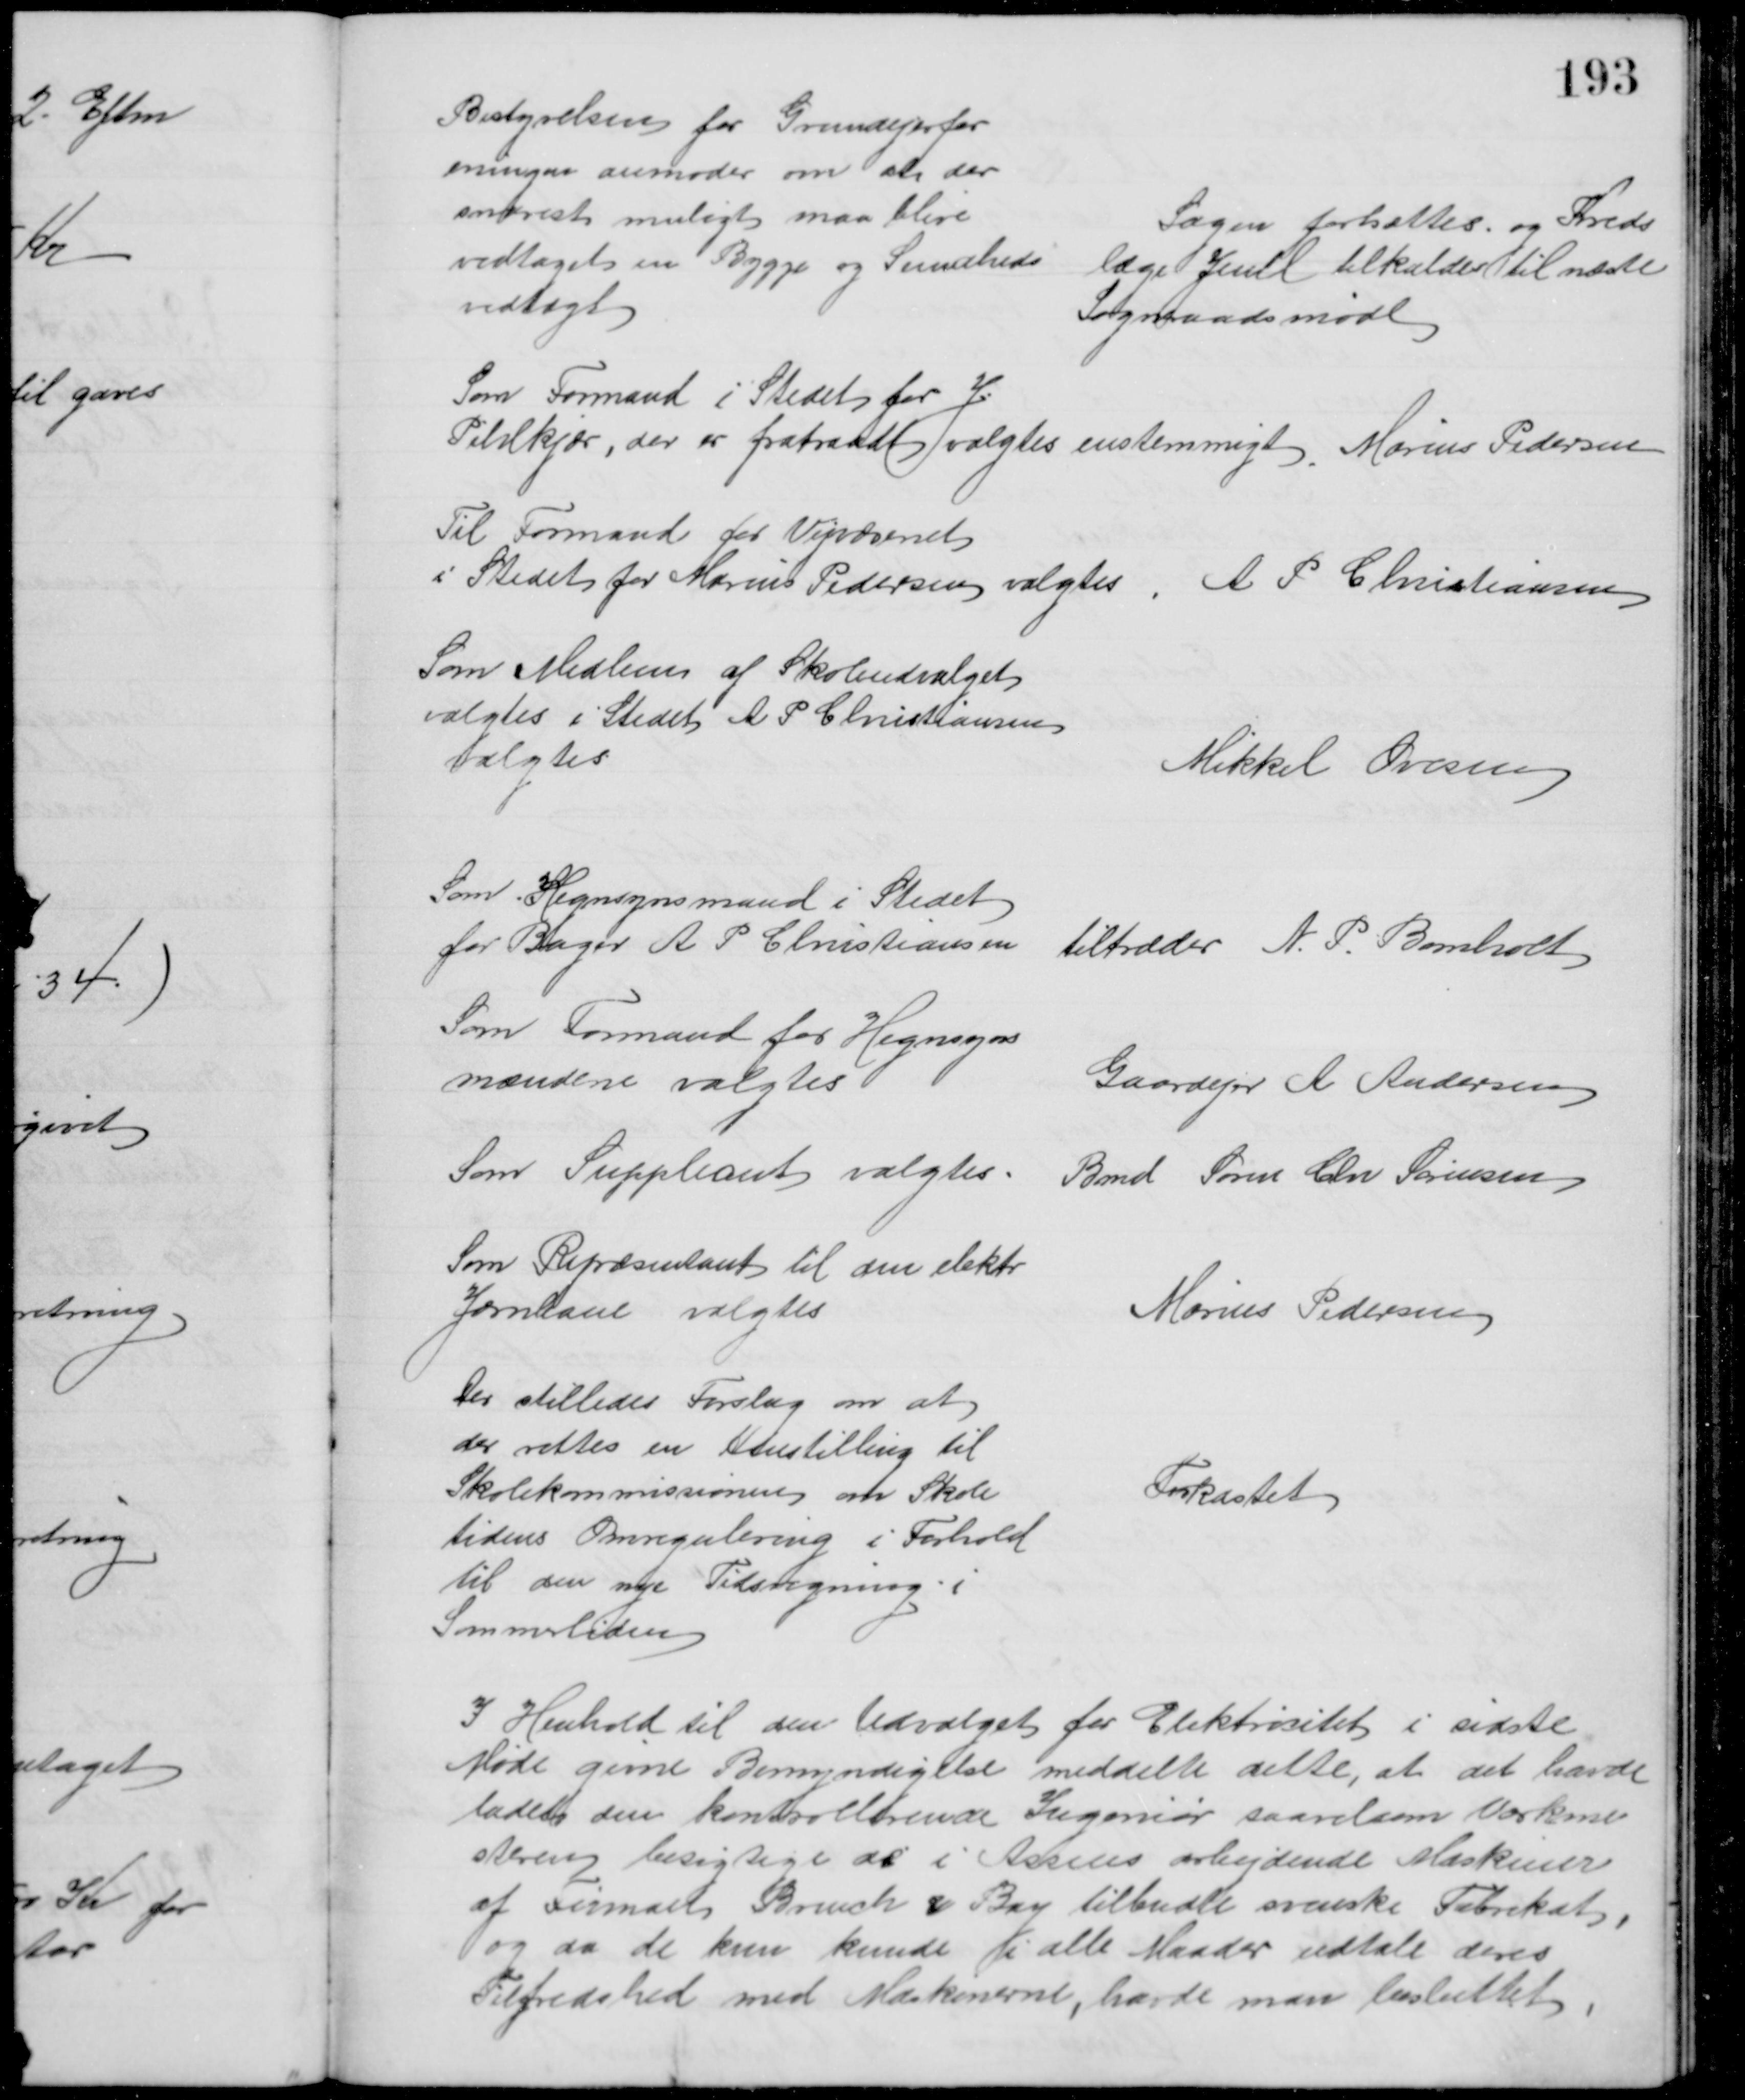
Transskription:
Bestyrelsen for Grundejerfor
eningen anmoder om at der
snarest muligt maa blive
vedtaget en Bygge og Sundheds
vedtægt
Sagen fortsættes. og Kreds
læge Juul tilkaldes til næste
Sogneraadsmøde
Som Formand i Stedets for J.
Pihlkjær, der er fratraadt valgtes enstemmigt Marius Pedersen
Til Formand for Vejvæsenet
i Stedet for Marius Pedersen valgtes, A P Christiansen
Som Medlem af Skoleudvalget
valgtes i Stedet A P Christiansen
valgtes
Mikkel Ovesen
Som Hegnsynsmand i Stedet
for Bager A P Christiansen
tiltræder N. P. Bomholt
Som Formand for Hegnsyns
mændene valgtes
Gaardejer A  Andersen
Som Suppleant valgtes
Bmd Søren Chr Sørensen
Som Repræsentant til den elektr
Jærnbane valgtes
Marius Pedersen
Der stilledes Forslag om at
der rettes en Henstilling til
Skolekommissionen om Skole
tidens Omregulering i Forhold
til den nye Tidsregning
Sommertiden
Forkastet
I Henhold til den Udvalget for Elektricitet i sidste
Møde givne Bemyndigelse meddelte dette, at det havde
ladet den kontrollerende Ingeniør saavelsom Værkme
steren besigtige de i Assens arbejdende Maskiner
af Firmaet Brinch & Bay tilbudte svenske Fabrikat,
og da de kun kunde i alle Maader udtale deres
Tilfredshed med Maskinerne, havde man besluttet,